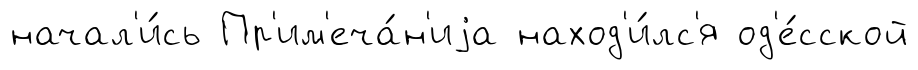
начал'и́сь Пр'им'еча́н'иjа наход'и́лс'я од'е́сской